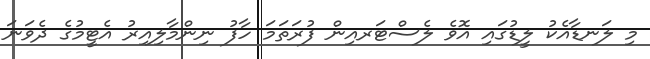
މި ލަނޑާއެކު ލީޑުގައި އޮވެ ލެސްޓަރއިން ފުރަތަމަ ހާފު ނިންމާލިއިރު އެޓީމުގެ ދެވަނަ